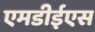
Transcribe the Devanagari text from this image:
एमडीईएस